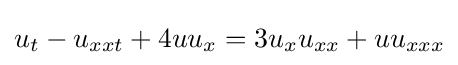
\displaystyle u_{t}-u_{xxt}+4uu_{x}=3u_{x}u_{xx}+uu_{xxx}